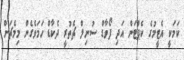
ކަމަކީ އެޓީމުގެ ކެޕްޓަން އަދި ފޯވާޑް ސުނިލް ޗެތުރީ ދެކާޑް ހަމަވެގެން މިމެޗަށް